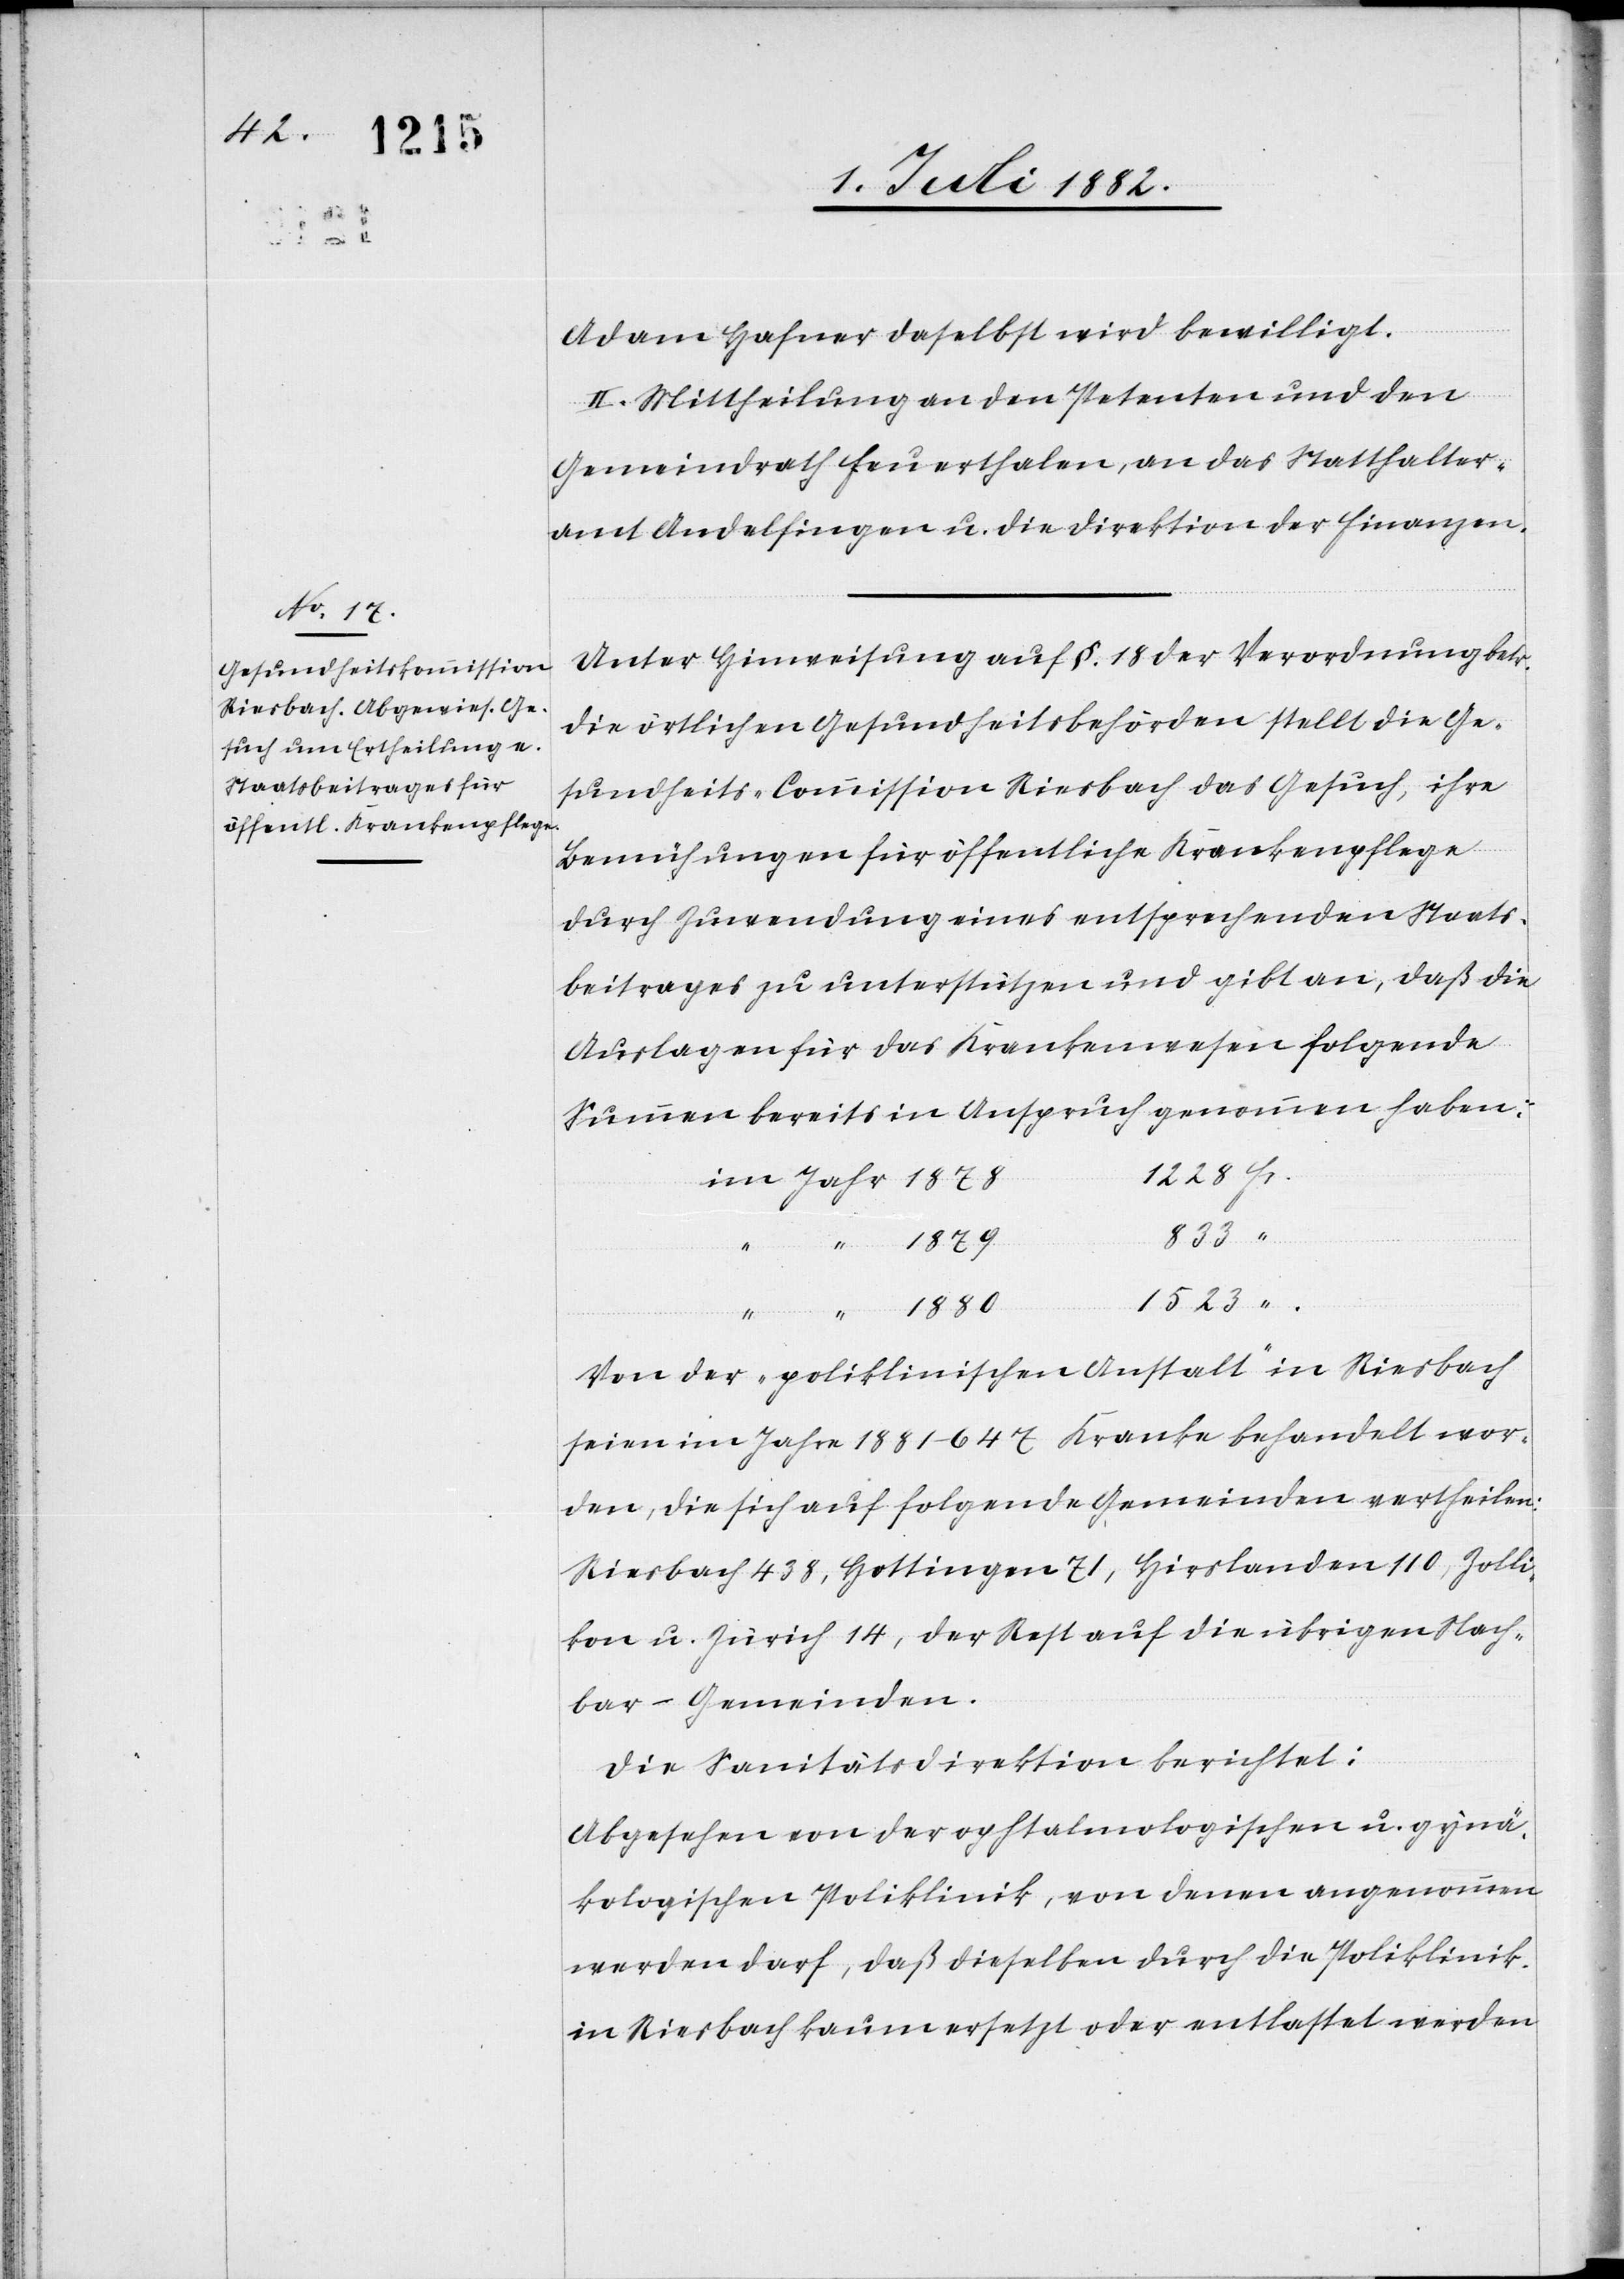
1228
“.

Adam Hafner daselbst wird bewilligt.
II. Mittheilung an den Petenten und den
Gemeindrath Feuerthalen, an das Statthalter¬
amt Andelfingen u. die Direktion der Finanzen.
Unter Hinweisung auf §. 18 der Verordnung betr.
die örtlichen Gesundheitsbehörden stellt die Ge¬
sundheitskommission Riesbach das Gesuch, ihre
Bemühungen für öffentliche Krankenpflege
durch Zuwendung eines entsprechenden Staats¬
beitrages zu unterstützen und gibt an, daß die
Auslagen für das Krankenwesen folgende
Summen bereits in Anspruch genommen haben:
833
1880
1523
Von der „poliklinischen Anstalt“ in Riesbach
seien im Jahre 1881 647 Kranke behandelt wor¬
den, die sich auf folgende Gemeinden vertheilen:
Riesbach 438, Hottingen 71, Hirslanden 110, Zolli¬
kon u. Zürich 14, der Rest auf die übrigen Nach¬
bar-Gemeinden.
Die Sanitätsdirektion berichtet:
Abgesehen von der opthalmologischen u. gynä¬
kologischen Poliklinik, von denen angenommen
werden darf, daß dieselben durch die Poliklinik
in Riesbach kaum ersetzt oder entlastet werden